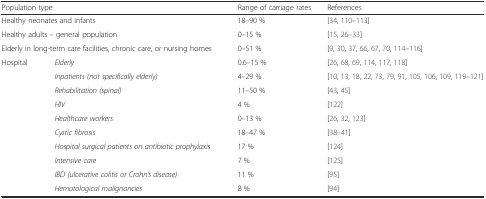
<table><thead><tr><td colspan="2"><b>Population type</b></td><td><b>Range of carriage rates</b></td><td><b>References</b></td></tr></thead><tbody><tr><td colspan="2">Healthy neonates and infants</td><td>18–90 %</td><td>[34, 110–113]</td></tr><tr><td colspan="2">Healthy adults – general population</td><td>0–15 %</td><td>[15, 26–33]</td></tr><tr><td colspan="2">Elderly in long-term care facilities, chronic care, or nursing homes</td><td>0–51 %</td><td>[9, 30, 37, 66, 67, 70, 114–116]</td></tr><tr><td rowspan="10">Hospital</td><td><i>Elderly</i></td><td>0.6–15 %</td><td>[26, 68, 69, 114, 117, 118]</td></tr><tr><td><i>Inpatients (not specifically elderly)</i></td><td>4–29 %</td><td>[10, 13, 18, 22, 73, 79, 91, 105, 106, 109, 119–121]</td></tr><tr><td><i>Rehabilitation (spinal)</i></td><td>11–50 %</td><td>[43, 45]</td></tr><tr><td><i>HIV</i></td><td>4 %</td><td>[122]</td></tr><tr><td><i>Healthcare workers</i></td><td>0–13 %</td><td>[26, 32, 123]</td></tr><tr><td><i>Cystic fibrosis</i></td><td>18–47 %</td><td>[38–41]</td></tr><tr><td><i>Hospital surgical patients on antibiotic prophylaxis</i></td><td>17 %</td><td>[124]</td></tr><tr><td><i>Intensive care</i></td><td>7 %</td><td>[125]</td></tr><tr><td><i>IBD (ulcerative colitis or Crohn’s disease)</i></td><td>11 %</td><td>[95]</td></tr><tr><td><i>Hematological malignancies</i></td><td>8 %</td><td>[94]</td></tr></tbody></table>